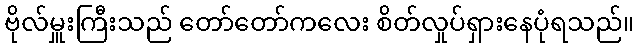
ဗိုလ်မှူးကြီးသည် တော်တော်ကလေး စိတ်လှုပ်ရှားနေပုံရသည်။